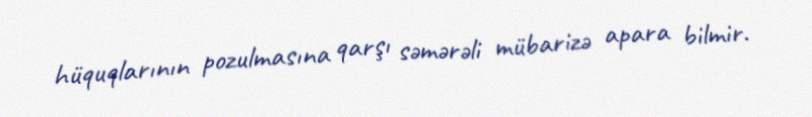
hüquqlarının pozulmasına qarşı səmərəli mübarizə apara bilmir.